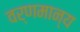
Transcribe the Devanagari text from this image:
वर्णमान्य